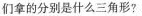
们拿的分别是什么三角形？